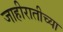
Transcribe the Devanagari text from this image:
जाहीरातीच्या